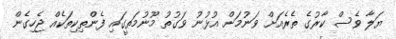
ޔަލާ ވެސް ކާރުގެ ތެރެއަށް ވަނުމަށް އުޅުނު ވަގުތު މޫނުމަތީގައި ފެންތިކިތަކެއް ޖެހިގެން